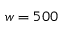
w = 5 0 0